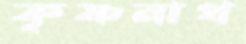
কৃষ্ণনাথ